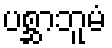
ပစ္ဆာဘူမံ